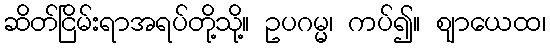
ဆိတ်ငြိမ်းရာအရပ်တို့သို့။ ဥပဂမ္မ၊ ကပ်၍။ ဈာယေထ၊